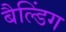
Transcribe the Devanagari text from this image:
बैल्डिंग